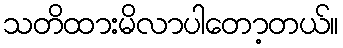
သတိထားမိလာပါတော့တယ်။